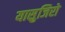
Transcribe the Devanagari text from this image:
यासुजिरो